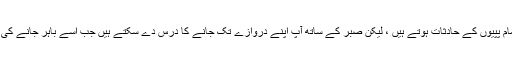
گھر میں پہلے ہی تمام پپیوں کے حادثات ہوتے ہیں ، لیکن صبر کے ساتھ آپ اپنے دروازے تک جانے کا درس دے سکتے ہیں جب اسے باہر جانے کی ضرورت ہوتی ہے۔